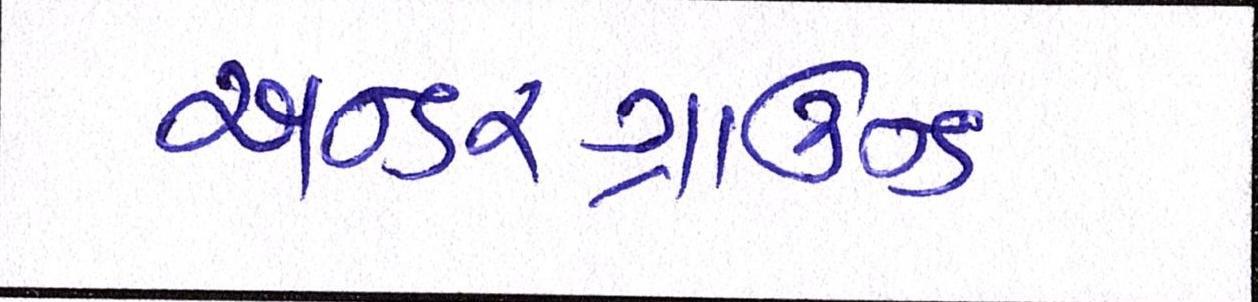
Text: અન્ડરગ્રાઉન્ડ